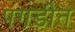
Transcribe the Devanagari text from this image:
पगडीत